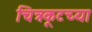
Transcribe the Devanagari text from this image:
चित्रकूटच्या